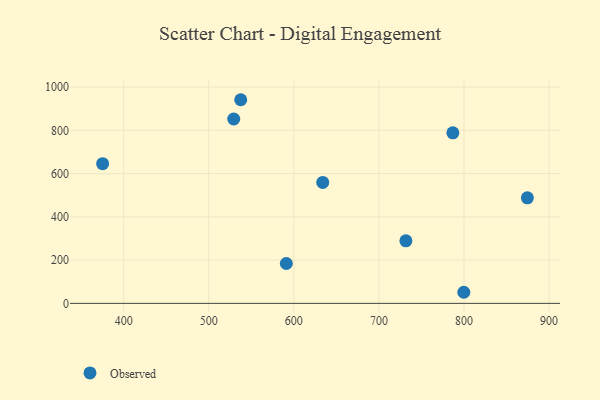
{"axis": {"x": "Distance", "y": "Yield"}, "legend": ["Observed"], "data": [{"x": "799.8", "y": 51.3, "type": "Observed"}, {"x": "634.0", "y": 559.0, "type": "Observed"}, {"x": "529.4", "y": 852.3, "type": "Observed"}, {"x": "591.2", "y": 184.4, "type": "Observed"}, {"x": "537.6", "y": 941.4, "type": "Observed"}, {"x": "731.7", "y": 289.2, "type": "Observed"}, {"x": "786.9", "y": 788.5, "type": "Observed"}, {"x": "375.3", "y": 645.8, "type": "Observed"}, {"x": "874.5", "y": 488.1, "type": "Observed"}]}